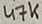
Text: 47K